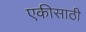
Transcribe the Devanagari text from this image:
एकीसाठी